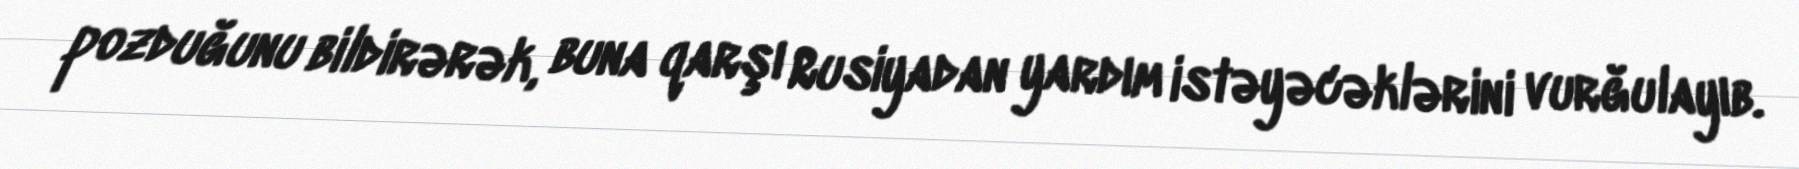
pozduğunu bildirərək, buna qarşı Rusiyadan yardım istəyəcəklərini vurğulayıb.